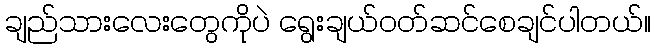
ချည်သားလေးတွေကိုပဲ ရွေးချယ်ဝတ်ဆင်စေချင်ပါတယ်။